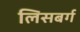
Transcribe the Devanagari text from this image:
लिसबर्ग